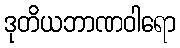
ဒုတိယဘာဏဝါရော